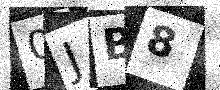
Text: 0JB8